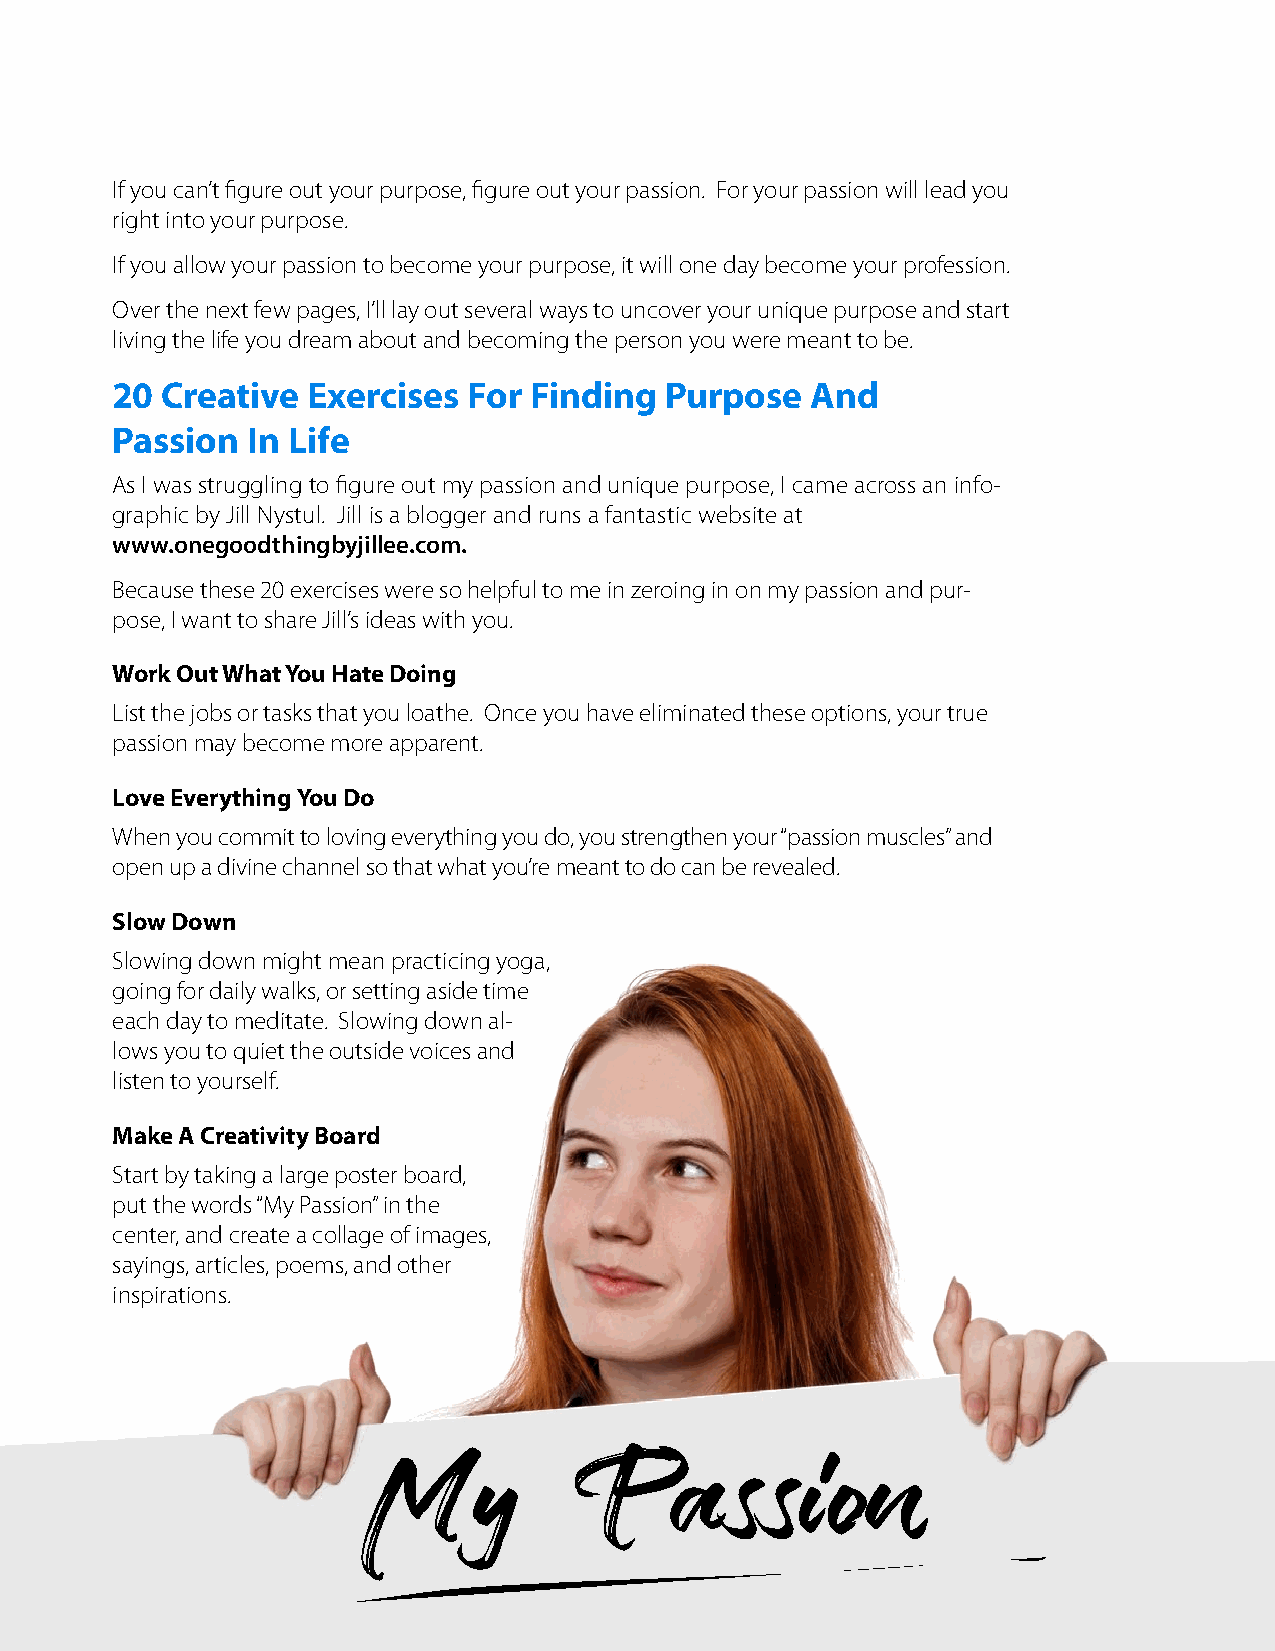
If you can’t figure out your purpose, figure out your passion. For your passion will lead you
 right into your purpose.
 If you allow your passion to become your purpose, it will one day become your profession.
 Over the next few pages, I’ll lay out several ways to uncover your unique purpose and start
 living the life you dream about and becoming the person you were meant to be.
 20  Creative Exercises  For Finding  Purpose   And
 Passion  In Life
 As I was struggling to figure out my passion and unique purpose, I came across an info-
 graphic by Jill Nystul. Jill is a blogger and runs a fantastic website at
 www.onegoodthingbyjillee.com.
 Because these 20 exercises were so helpful to me in zeroing in on my passion and pur-
 pose, I want to share Jill’s ideas with you.
 Work Out What You Hate Doing
 List the jobs or tasks that you loathe. Once you have eliminated these options, your true
 passion may become more apparent.
 Love Everything You Do
 When you commit to loving everything you do, you strengthen your “passion muscles” and
 open up a divine channel so that what you’re meant to do can be revealed.
 Slow Down
 Slowing down might mean practicing yoga,
 going for daily walks, or setting aside time
 each day to meditate. Slowing down al-
 lows you to quiet the outside voices and
 listen to yourself.
 Make A Creativity Board
 Start by taking a large poster board,
 put the words “My Passion” in the
 center, and create a collage of images,
 sayings, articles, poems, and other
 inspirations.
 My             Passion